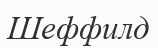
Шеффилд